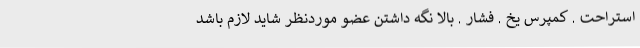
استراحت . کمپرس یخ . فشار . بالا نگه داشتن عضو موردنظر شاید لازم باشد